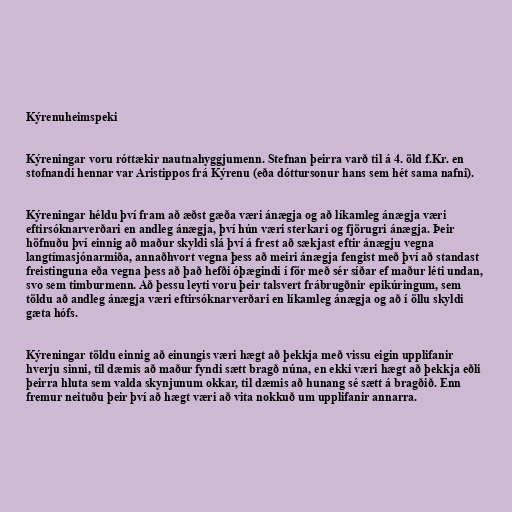
Kýrenuheimspeki

Kýreningar voru róttækir nautnahyggjumenn. Stefnan þeirra varð til á 4. öld f.Kr. en
stofnandi hennar var Aristippos frá Kýrenu (eða dóttursonur hans sem hét sama nafni).

Kýreningar héldu því fram að æðst gæða væri ánægja og að líkamleg ánægja væri
eftirsóknarverðari en andleg ánægja, því hún væri sterkari og fjörugri ánægja. Þeir
höfnuðu því einnig að maður skyldi slá því á frest að sækjast eftir ánægju vegna
langtímasjónarmiða, annaðhvort vegna þess að meiri ánægja fengist með því að standast
freistinguna eða vegna þess að það hefði óþægindi í för með sér síðar ef maður léti undan,
svo sem timburmenn. Að þessu leyti voru þeir talsvert frábrugðnir epikúringum, sem
töldu að andleg ánægja væri eftirsóknarverðari en líkamleg ánægja og að í öllu skyldi
gæta hófs.

Kýreningar töldu einnig að einungis væri hægt að þekkja með vissu eigin upplifanir
hverju sinni, til dæmis að maður fyndi sætt bragð núna, en ekki væri hægt að þekkja eðli
þeirra hluta sem valda skynjunum okkar, til dæmis að hunang sé sætt á bragðið. Enn
fremur neituðu þeir því að hægt væri að vita nokkuð um upplifanir annarra.